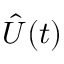
\hat { U } ( t )